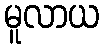
မူလာယ